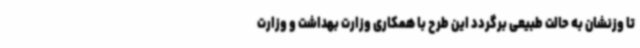
تا وزنشان به حالت طبیعی برگردد این طرح با همکاری وزارت بهداشت و وزارت